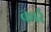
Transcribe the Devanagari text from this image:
कार्र